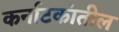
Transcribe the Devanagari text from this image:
कर्नाटकांतील